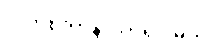
ပလာစတာနဲ့ ပတ်ရပါမယ်။